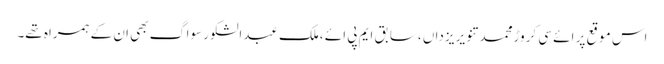
اس موقع پر ائے سی کروڑمحمد تنویر یزداں ،سابق ایم پی ائے ،ملک عبدالشکور سواگ بھی ان کے ہمراہ تھے۔